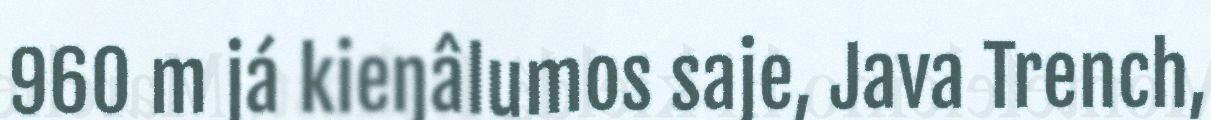
960 m já kieŋâlumos saje, Java Trench,